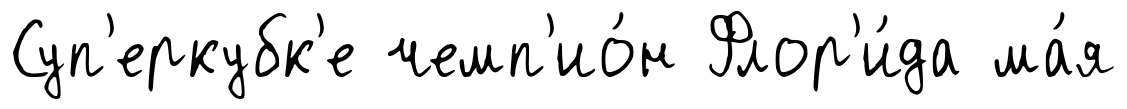
Суп'еркубк'е чемп'ио́н Флор'и́да ма́я